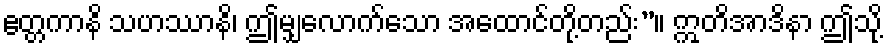
ဧတ္တကာနိ သဟဿာနိ၊ ဤမျှလောက်သော အထောင်တို့တည်း”။ ဣတိအာဒိနာ ဤသို့